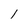
Character: l